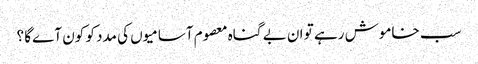
سب خاموش رہے تو ان بے گناہ معصوم آسامیوں کی مدد کو کون آےگا ؟